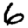
Digit: 6